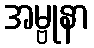
အမ္ဗုနာ